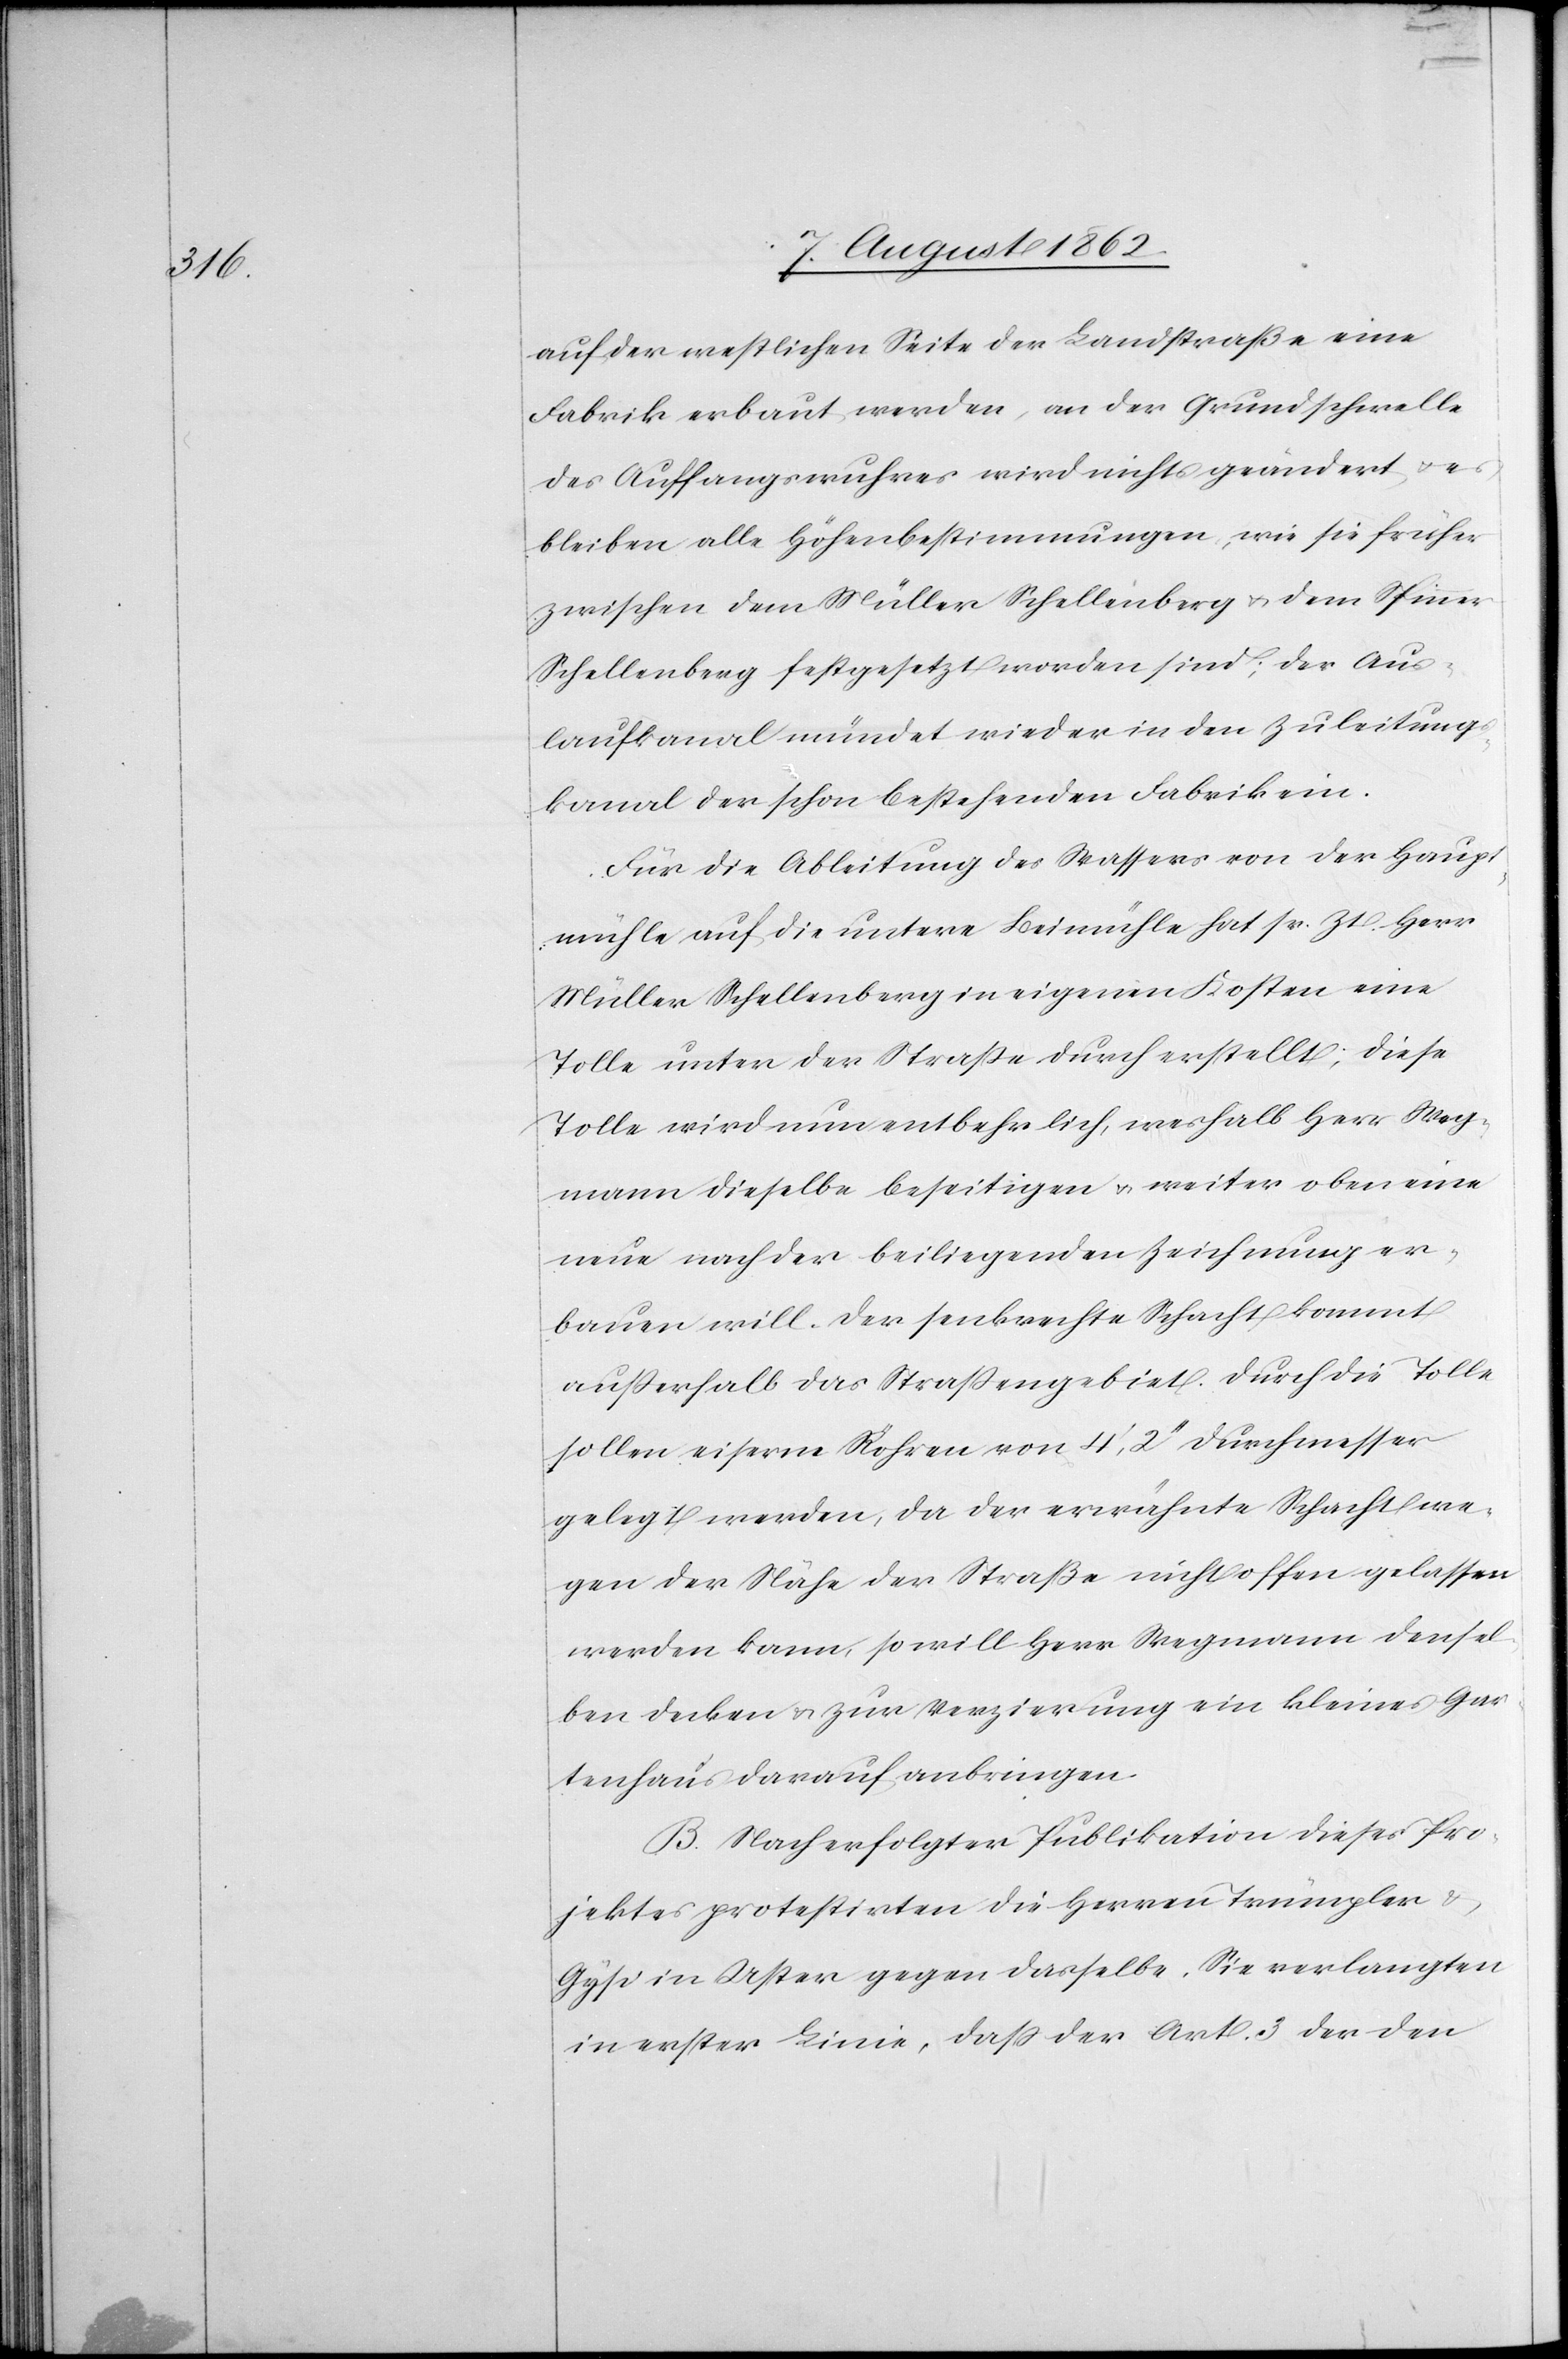
auf der westlichen Seite der Landstraße eine
Fabrik erbaut werden, an der Grundschwelle
des Auffangswuhres wird nichts geändert u. es
blieben alle Höhenbestimmungen, wie sie früher
zwischen dem Müller Schellenberg u. dem Spinner
Schellenberg festgesetzt worden sind; der Aus¬
laufkanal mündet wieder in den Zuleitungs¬
kanal der schon bestehenden Fabrik ein.
Für die Ableitung des Wassers von der Haupt¬
mühle auf die untere Beimühle hat sr. Zt. Herr
Müller Schellenberg in eigenen Kosten eine
Tolle unter der Straße durch erstellt, diese
Tolle wird nun entbehrlich, weshalb Herr Weg¬
mann dieselbe beseitigen u. weiter oben eine
neue nach der beiliegenden Zeichnung er¬
bauen will. Der senkrechte Schaft kommt
außerhalb das Straßengebiet. Durch die Tolle
sollen eiserne Röhren von 4’,2’’ Durchmesser
gelegt werden, da der erwähnte Schacht we¬
gen der Nähe der Straße nicht offen gelassen
werden kann, so will Herr Wegmann densel¬
ben decken u. zur Verzierung ein kleines Gar¬
tenhaus darauf anbringen.
B. Nach erfolgter Publikation dieses Pro¬
jektes protestirten die Herren Trümpler u.
Gysi in Uster gegen dasselbe. Sie verlangten
in erster Linie, daß der Art. 3 der den